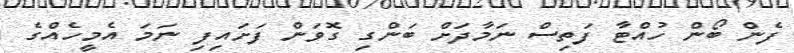
ފެން ބޯން ހުއްޓާ ފަތިސް ނަމާދަށް ބަންގި ގޮވަން ފަށައިފި ނަމަ އެމީހެއްގެ